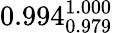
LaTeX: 0.994_{0.979}^{1.000}